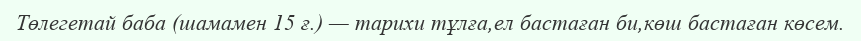
Төлегетай баба (шамамен 15 ғ.) — тарихи тұлға,ел бастаған би,көш бастаған көсем.